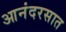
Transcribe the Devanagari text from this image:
आनंदरसात